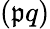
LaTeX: (\mathfrak{p}q)